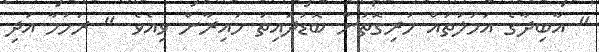
" އާބިދާގެ އަމަލުތައް ހުރިގޮތުން ބޮޑުދައިތަ ހައިރާން ވިއެވެ. " ރަހުމާ އަދި